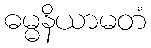
ဓမ္မနိယာမတံ